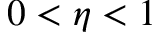
0 < \eta < 1